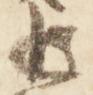
追